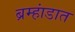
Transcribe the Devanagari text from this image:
ब्रम्हांडात